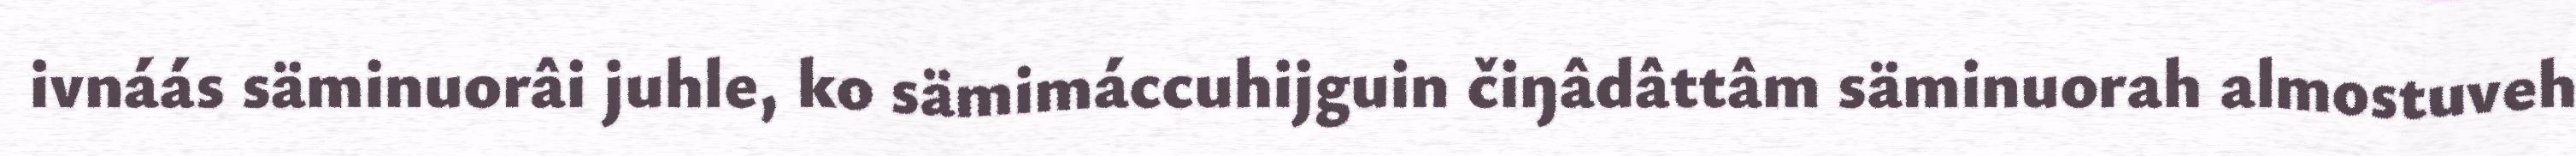
ivnáás säminuorâi juhle, ko sämimáccuhijguin čiŋâdâttâm säminuorah almostuveh